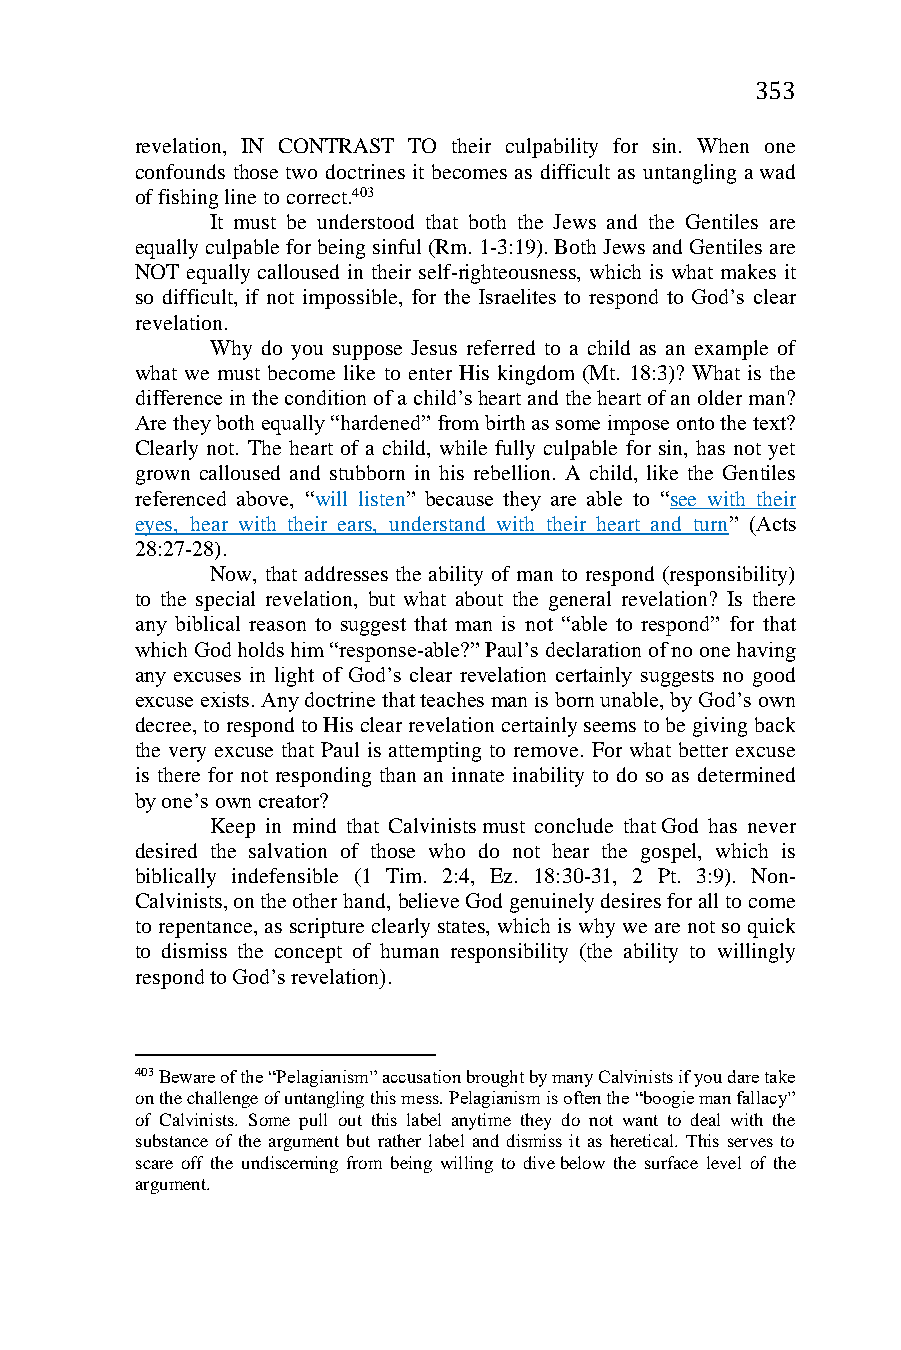
353
 revelation, IN CONTRAST TO their culpability for sin. When one
 confounds those two doctrines it becomes as difficult as untangling a wad
 of fishing line to correct.403
 It must be understood that both the Jews and the Gentiles are
 equally culpable for being sinful (Rm. 1-3:19). Both Jews and Gentiles are
 NOT equally calloused in their self-righteousness, which is what makes it
 so difficult, if not impossible, for the Israelites to respond to God’s clear
 revelation.
 Why do you suppose Jesus referred to a child as an example of
 what we must become like to enter His kingdom (Mt. 18:3)? What is the
 difference in the condition of a child’s heart and the heart of an older man?
 Are they both equally “hardened” from birth as some impose onto the text?
 Clearly not. The heart of a child, while fully culpable for sin, has not yet
 grown calloused and stubborn in his rebellion. A child, like the Gentiles
 referenced above, “will listen” because they are able to “see with their
 eyes, hear with their ears, understand with their heart and turn” (Acts
 28:27-28).
 Now, that addresses the ability of man to respond (responsibility)
 to the special revelation, but what about the general revelation? Is there
 any biblical reason to suggest that man is not “able to respond” for that
 which God holds him “response-able?” Paul’s declaration of no one having
 any excuses in light of God’s clear revelation certainly suggests no good
 excuse exists. Any doctrine that teaches man is born unable, by God’s own
 decree, to respond to His clear revelation certainly seems to be giving back
 the very excuse that Paul is attempting to remove. For what better excuse
 is there for not responding than an innate inability to do so as determined
 by one’s own creator?
 Keep in mind that Calvinists must conclude that God has never
 desired the salvation of those who do not hear the gospel, which is
 biblically indefensible (1 Tim. 2:4, Ez. 18:30-31, 2 Pt. 3:9). Non-
 Calvinists, on the other hand, believe God genuinely desires for all to come
 to repentance, as scripture clearly states, which is why we are not so quick
 to dismiss the concept of human responsibility (the ability to willingly
 respond to God’s revelation).
 403 Beware of the “Pelagianism” accusation brought by many Calvinists if you dare take
 on the challenge of untangling this mess. Pelagianism is often the “boogie man fallacy”
 of Calvinists. Some pull out this label anytime they do not want to deal with the
 substance of the argument but rather label and dismiss it as heretical. This serves to
 scare off the undiscerning from being willing to dive below the surface level of the
 argument.